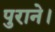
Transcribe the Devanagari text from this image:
पुराने।